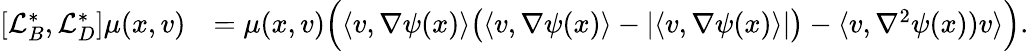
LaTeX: \begin{array}{rl}{[\mathcal{L}_{B}^{*},\mathcal{L}_{D}^{*}]\mu(x,v)}&{=\mu(x,v)\Big(\langle v,\nabla\psi(x)\rangle\big(\langle v,\nabla\psi(x)\rangle-\lvert\langle v,\nabla\psi(x)\rangle\rvert\big)-\langle v,\nabla^{2}\psi(x))v\rangle\Big).}\end{array}